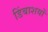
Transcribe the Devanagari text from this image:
डिंबाशयों